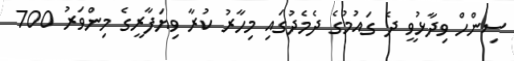
ސިންހް ވިދާޅުވީ ދެ ގައުމުގެ ދެމެދުގައި މިހާރު ކުރާ ވިޔަފާރީގެ މިންވަރު 700